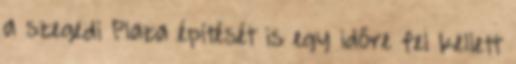
a szegedi Plaza építését is egy időre fel kellett